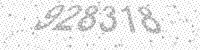
Solution: 928318